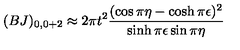
( B J ) _ { 0 , 0 + 2 } \approx 2 \pi t ^ { 2 } \frac { ( \cos \pi \eta - \cosh \pi \epsilon ) ^ { 2 } } { \sinh \pi \epsilon \sin \pi \eta }